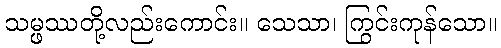
သမ္ဖဿတို့လည်းကောင်း။ သေသာ၊ ကြွင်းကုန်သော။